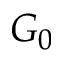
G _ { 0 }